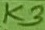
Text: K3